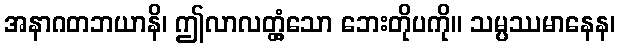
အနာဂတဘယာနိ၊ ဤလာလတ္တံ့သော ဘေးတိုပကို။ သမ္ပဿမာနေန၊